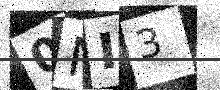
Text: 0NI3